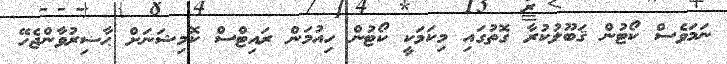
ނަމަވެސް ކޯޓުން ޤަބޫލުކުރާ ގޮތުގައި މިކަމަކީ ކޯޓުން ހިއުމަން ރައިޓްސް ކޮމިޝަނަށް ޙާޟިރުވާންޖެހޭ